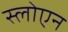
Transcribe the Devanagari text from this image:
स्लोएन